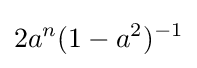
2a^{n}(1-a^{2})^{-1}